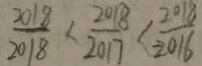
\frac { 2 0 1 8 } { 2 0 1 8 } < \frac { 2 0 1 8 } { 2 0 1 7 } \times \frac { 2 0 1 8 } { 2 0 1 6 }